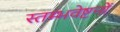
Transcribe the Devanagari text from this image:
स्तम्भवेष्टनों